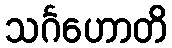
သင်္ဂဟောတိ